Indian journal of veterinary science and animal husbandry - Volumes 22-23, 1952-1953
Year: 1952
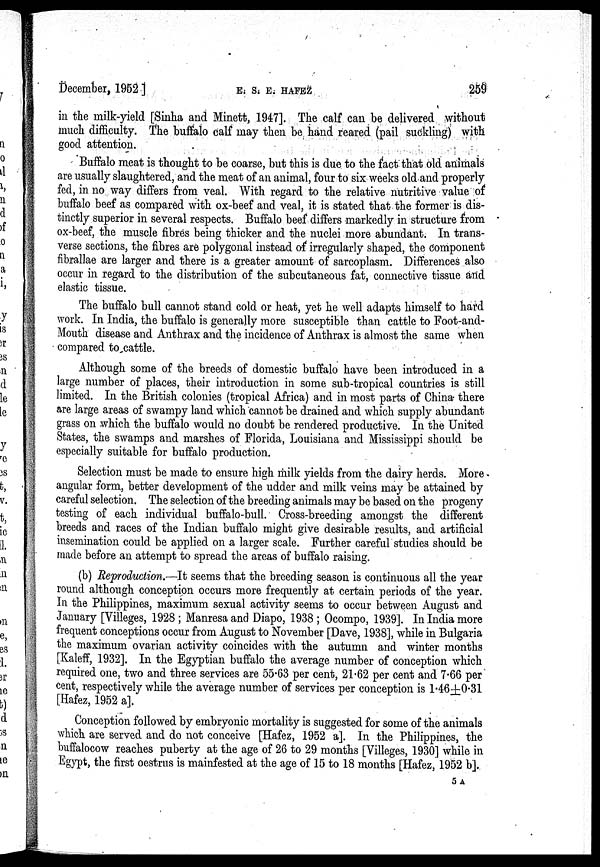
December, 1952 ] E. S. E. HAFEZ 259
in the milk-yield [Sinha and Minett, 1947]. The calf can be delivered without
much difficulty. The buffalo calf may then be hand reared (pail suckling) with
good attention.
Buffalo meat is thought to be coarse, but this is due to the fact that old animals
are usually slaughtered, and the meat of an animal, four to six weeks old and properly
fed, in no way differs from veal. With regard to the relative nutritive value of
buffalo beef as compared with ox-beef and veal, it is stated that the former is dis-
tinctly superior in several respects. Buffalo beef differs markedly in structure from
ox-beef, the muscle fibres being thicker and the nuclei more abundant. In trans-
verse sections, the fibres are polygonal instead of irregularly shaped, the component
fibrallae are larger and there is a greater amount of sarcoplasm. Differences also
occur in regard to the distribution of the subcutaneous fat, connective tissue and
elastic tissue.
The buffalo bull cannot stand cold or heat, yet he well adapts himself to hard
work. In India, the buffalo is generally more susceptible than cattle to Foot-and-
Mouth disease and Anthrax and the incidence of Anthrax is almost the same when
compared to cattle.
Although some of the breeds of domestic buffalo have been introduced in a
large number of places, their introduction in some sub-tropical countries is still
limited. In the British colonies (tropical Africa) and in most parts of China there
are large areas of swampy land which cannot be drained and which supply abundant
grass on which the buffalo would no doubt be rendered productive. In the United
States, the swamps and marshes of Florida, Louisiana and Mississippi should be
especially suitable for buffalo production.
Selection must be made to ensure high milk yields from the dairy herds. More
angular form, better development of the udder and milk veins may be attained by
careful selection. The selection of the breeding animals may be based on the progeny
testing of each individual buffalo-bull. Cross-breeding amongst the different
breeds and races of the Indian buffalo might give desirable results, and artificial
insemination could be applied on a, larger scale. Further careful studies should be
made before an attempt to spread the areas of buffalo raising.
(b) Reproduction.—It seems that the breeding season is continuous all the year
round although conception occurs more frequently at certain periods of the year.
In the Philippines, maximum sexual activity seems to occur between August and
January [Villeges, 1928 ; Manresa and Diapo, 1938 ; Ocompo, 1939]. In India more
frequent conceptions occur from August to November [Dave, 1938], while in Bulgaria
the maximum ovarian activity coincides with the autumn and winter months
[Kaleff, 1932]. In the Egyptian buffalo the average number of conception which
required one, two and three services are 55.63 per cent, 21.62 per cent and 7.66 per
cent, respectively while the average number of services per conception is 1.46±0.31
[Hafez, 1952 a].
Conception followed by embryonic mortality is suggested for some of the animals
which are served and do not conceive [Hafez, 1952 a]. In the Philippines, the
buffalocow reaches puberty at the age of 26 to 29 months [Villeges, 1930] while in
Egypt, the first oestrus is mainfested at the age of 15 to 18 months [Hafez, 1952 b].
5A